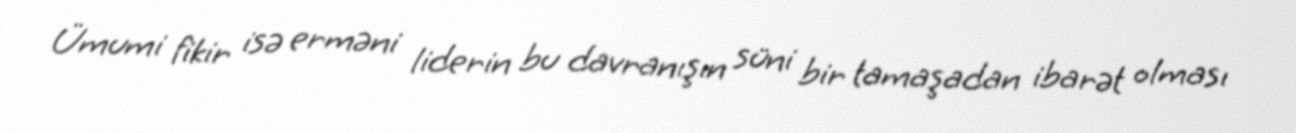
Ümumi fikir isə erməni liderin bu davranışın süni bir tamaşadan ibarət olması